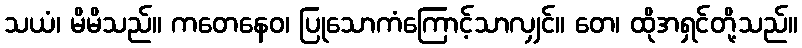
သယံ၊ မိမိသည်။ ကတေနေဝ၊ ပြုသောကံကြောင့်သာလျှင်။ တေ၊ ထိုအရှင်တို့သည်။